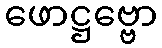
ဖောဋ္ဌဗ္ဗော